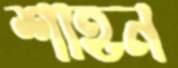
শাহন